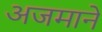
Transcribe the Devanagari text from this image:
अजमाने